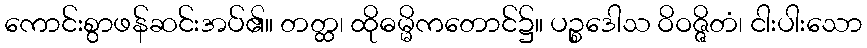
ကောင်းစွာဖန်ဆင်းအပ်၏။ တတ္ထ၊ ထိုဓမ္မိကတောင်၌။ ပဉ္စဒေါသ ဝိဝဇ္ဇိတံ၊ ငါးပါးသော